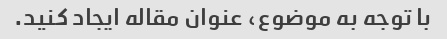
با توجه به موضوع، عنوان مقاله ایجاد کنید.